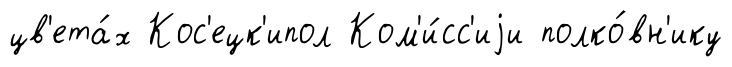
цв'ета́х Кос'ецк'ипол Ком'и́сс'иjи полко́вн'ику